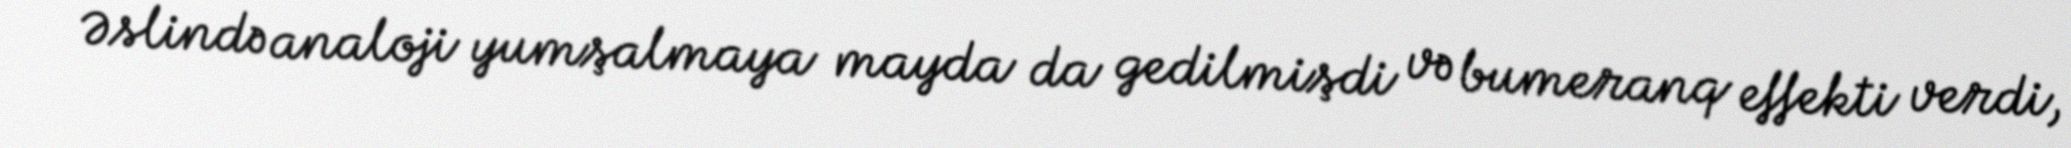
Əslində analoji yumşalmaya mayda da gedilmişdi və bumeranq effekti verdi,